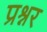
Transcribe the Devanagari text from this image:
प्रश्नर